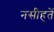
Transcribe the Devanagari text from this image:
नसीहतें